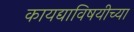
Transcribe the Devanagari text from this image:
कायद्याविषयीच्या